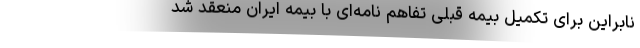
نابراین برای تکمیل بیمه قبلی تفاهم نامه‌ای با بیمه ایران منعقد شد